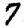
Digit: 7